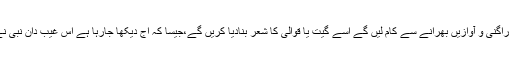
۳؎ یعنی قرآن میں گلے بازیاں،راگ راگنی و آوازیں بھرانے سے کام لیں گے اسے گیت یا قوالی کا شعر بنادیا کریں گے،جیسا کہ آج دیکھا جارہا ہے اس غیب دان نبی نے پہلے ہی اس کی خبر دے دی تھی۔